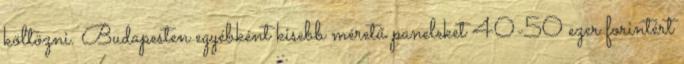
költözni. Budapesten egyébként kisebb méretű paneleket 40-50 ezer forintért